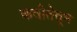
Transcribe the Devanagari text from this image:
कवीतेतून